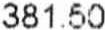
381.50